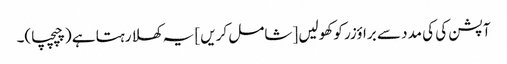
آپشن کی کی مدد سے براؤزر کو کھولیں [شامل کریں] یہ کھلا رہتا ہے (چپچپا)۔